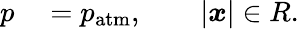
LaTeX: \begin{array}{rl}{p}&{{}=p_{\textrm{atm}},\qquad|\boldsymbol{x}|\in R.}\end{array}